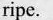
ripe.